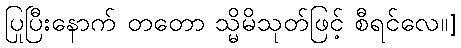
ပြုပြီးနောက် တတော သ္မိမိသုတ်ဖြင့် စီရင်လေ။]